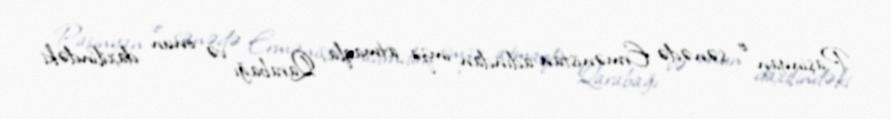
Paşinyan o sənədə Ermənistan adından imza atmaqla, Qarabağı və onun daxilindəki